Indian journal of veterinary science and animal husbandry - Volumes 22-23, 1952-1953
Year: 1952
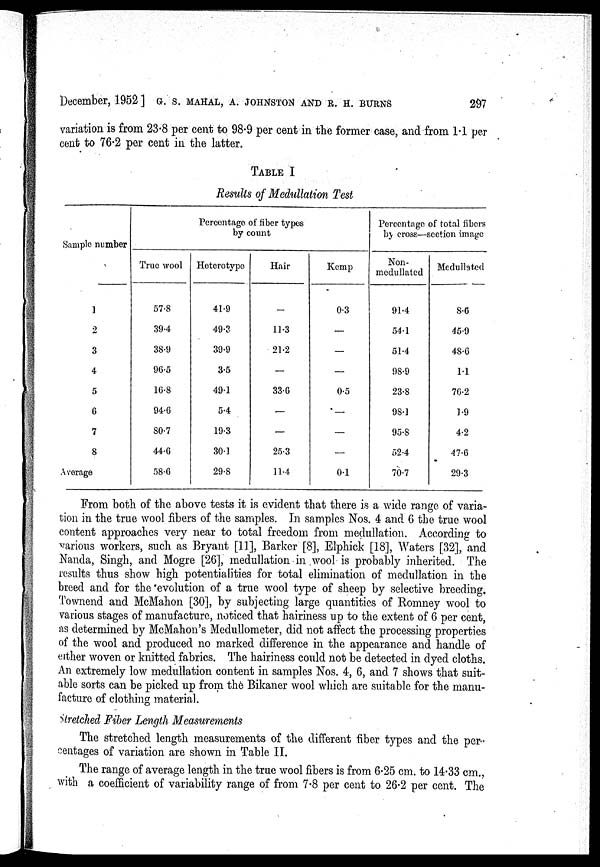
December, 1952] G. S. MAHAL, A. JOHNSTON AND R. H. BURNS
297
variation is from 23.8 per cent to 98.9 per cent in the former case, and from 1.1 per
cent to 76.2 per cent in the latter.
TABLE I
Results of Medullation Test
Sample number
1
2
3
4
5
6
7
8
Average
Percentage of liber types
by count
True wool
57.8
39.4
38.9
96.5
16.8
94.6
80.7
44.6
58.6
Heterotype
41.9
49.3
39.9
3.5
49.1
5.4
19.3
30.1
29.8
Hair
—
11.3
21.2
—
33.6
—
—
25.3
11.4
Kemp
0.3
—
—
—
0.5
—
—
—
0.1
Percentage of total libers
by cross—section image
Non¬
medullated
91-4
54.1
51.4
98.9
23.8
98.1
95.8
52.4
70.7
Modullated
8.6
45.9
48.6
11
76.2
1.9
4.2
47.6
29.3
From both of the above tests it is evident that there is a wide range of varia-
tion in the true wool fibers of the samples. In samples Nos. 4 and 6 the true wool
content approaches very near to total freedom from medullation. According to
various workers, such as Bryant [11], Barker [8], Elphick [18], Waters [32], and
Nanda, Singh, and Mogre [26], medullation in wool is probably inherited. The
results thus show high potentialities for total elimination of medullation in the
breed and for the evolution of a true wool type of sheep by selective breeding.
Townend and McMahon [30], by subjecting large quantities of Romney wool to
various stages of manufacture, noticed that hairiness up to the extent of 6 per cent,
as determined by McMahon's Mcdullometer, did not affect the processing properties
of the wool and produced no marked difference in the appearance and handle of
either woven or knitted fabrics. The hairiness could not be detected in dyed cloths.
An extremely low medullation content in samples Nos. 4, 6, and 7 shows that suit-
able sorts can be picked up from the Bikaner wool which are suitable for the manu-
facture of clothing material.
Stretched Fiber Length Measurements
The stretched length measurements of the different fiber types and the per-
centages of variation are shown in Table II.
The range of average length in the true wool fibers is from 6.25 cm. to 14.33 cm.,
with a coefficient of variability range of from 7.8 per cent to 26.2 per cent. The